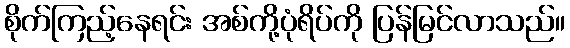
စိုက်ကြည့်နေရင်း အစ်ကို့ပုံရိပ်ကို ပြန်မြင်လာသည်။